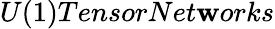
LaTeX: U(1)TensorNet\mathbf{w}orks